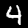
Digit: 4